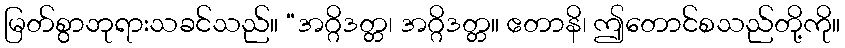
မြတ်စွာဘုရားသခင်သည်။ “အဂ္ဂိဒတ္တ၊ အဂ္ဂိဒတ္တ။ ဧတာနိ၊ ဤတောင်စသည်တို့ကို။